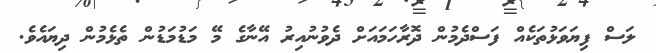
ލަސް ފިޔަވަޅުތަކެއް ފަސްދެމުން ދޮރާހަމައަށް ދެވުނުއިރު އޭނާގެ މޭ މަޑުމަޑުން ތެޅެމުން ދިޔައެވެ.